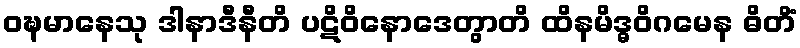
ဝဍ္ဎမာနေသု ဒါနာဒီနီတိ ပဋိဝိနောဒေတွာတိ ထိနမိဒ္ဓဝိဂမေန ဓိတိံ